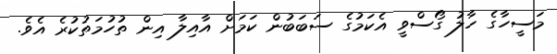
މަސީހާގެ ހާލު ގޯސްވީ އެކަމުގެ ސަބަބުން ކަމަށް އާއިލާ އިން ތުހުމަތުކުރެ އެވެ.